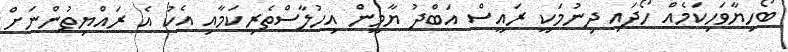
ބޯހިޔާވަހިކަމެއް ހޯދައި ދިނުމަކީ ރައީސް އަބްދު ޔާމީން އިހުލާސްތެރިކަމާއި އެކު އެ ރައްޔިތުންނަށް